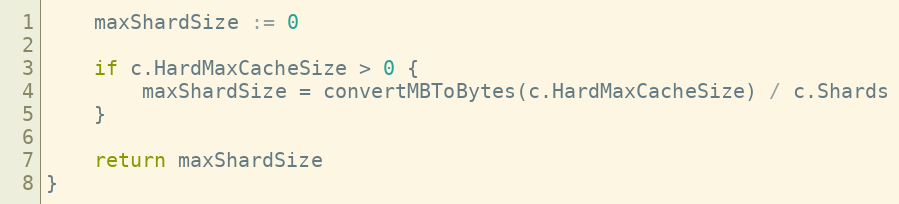
Language: Go
	maxShardSize := 0

	if c.HardMaxCacheSize > 0 {
		maxShardSize = convertMBToBytes(c.HardMaxCacheSize) / c.Shards
	}

	return maxShardSize
}